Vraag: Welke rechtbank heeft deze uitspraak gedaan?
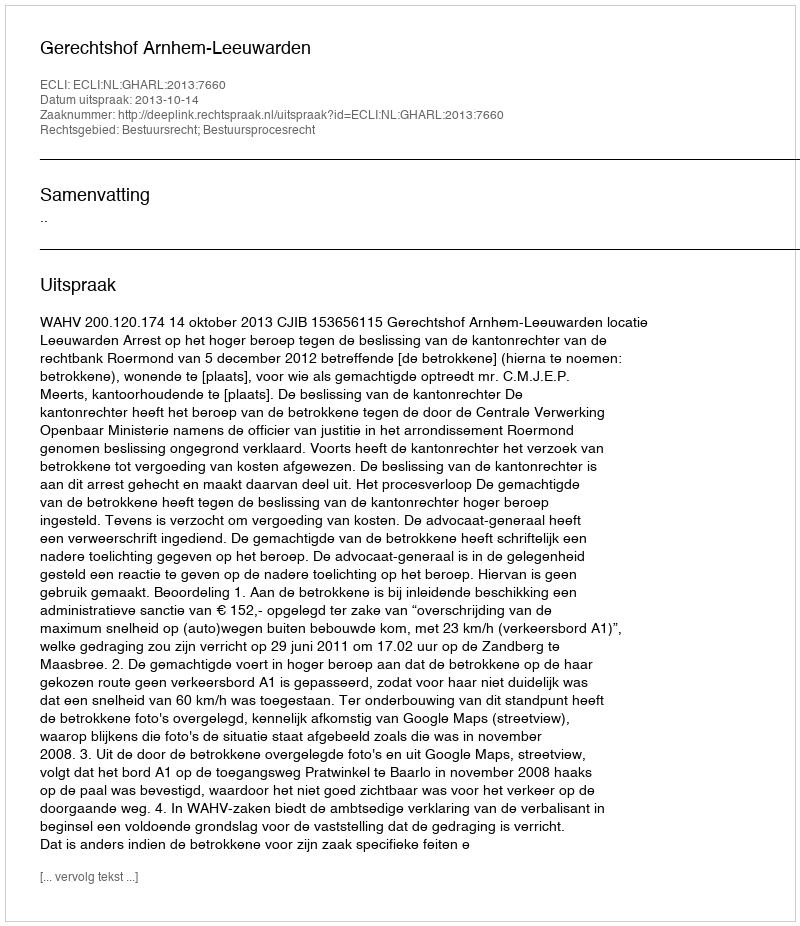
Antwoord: Gerechtshof Arnhem-Leeuwarden